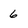
Character: 6